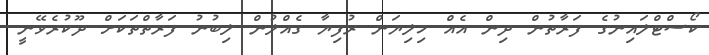
ކޯސްޓްލައިނުގެ ފަރާތުން ދިން އެއް މިލިޔަން ރުފިޔާ ގެއްލުން ލިބުނު ފަރާތްތަކަށް ދޫކުރެވޭނީ